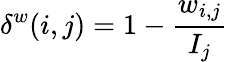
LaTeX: \delta^{w}(i,j)=1-\frac{w_{i,j}}{I_{j}}